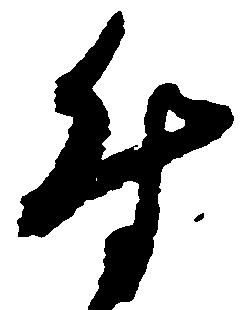
付